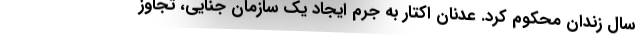
سال زندان محکوم کرد. عدنان اکتار به جرم ایجاد یک سازمان جنایی، تجاوز